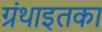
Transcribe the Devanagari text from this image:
ग्रंथाइतका